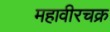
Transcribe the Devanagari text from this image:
महावीरचक्र